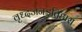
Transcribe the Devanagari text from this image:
वृध्दजनइतिहास